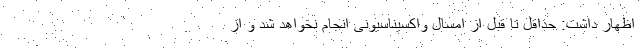
اظهار داشت: حداقل تا قبل از امسال واکسیناسیونی انجام نخواهد شد و از